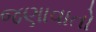
જણાવાતો